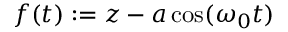
f ( t ) : = z - a \cos ( \omega _ { 0 } t )